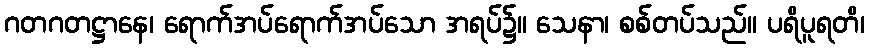
ဂတဂတဋ္ဌာနေ၊ ရောက်အပ်ရောက်အပ်သော အရပ်၌။ သေနာ၊ စစ်တပ်သည်။ ပရိပူရတိ၊